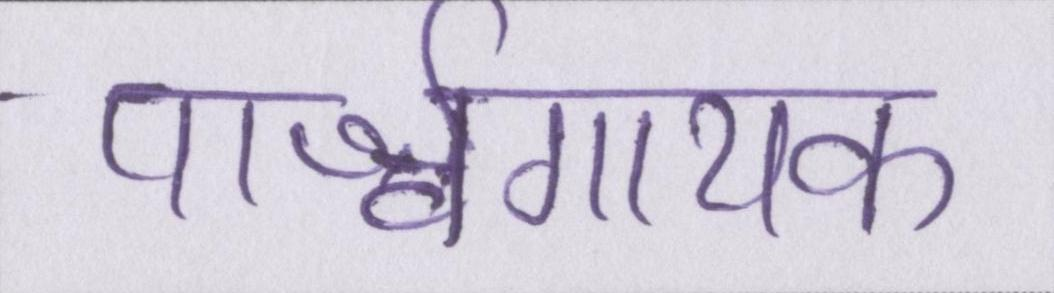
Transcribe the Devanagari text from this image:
पार्श्वगायक